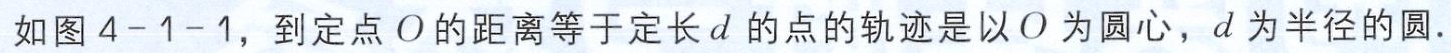
如图4-1-1，到定点\(O\)的距离等于定长\(d\)的点的轨迹是以\(O\)为圆心，\(d\)为半径的圆.